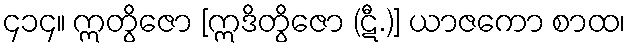
၄၁၄။ ဣတွိဇော [ဣဒိတွိဇော (ဋီ.)] ယာဇကော စာထ၊